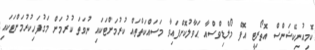
ކޮމިއުނިކޭޝަންސް އޮތޯރިޓީ އޮފް މޯލްޑިވްސްއާ ޙަވާލުކޮށްފައިވާ މަސައްކަތްތައް ކުރުމަށްޓަކައި ނުވަތަ ކުރުމަށް މަގުފަހިކުރުމަށްޓަކައި